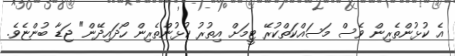
އެ ކުޅުންތެރިން ވެސް މަސައްކަތްކުރޭ ޓީމަށް އިތުރު ކުޅުންތެރިން ހޯދައިދޭން" ޖަޑާ ބުންޏެވެ.